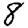
Digit: 8